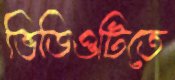
ভিডিওটিতে